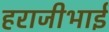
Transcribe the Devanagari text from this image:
हराजीभाई